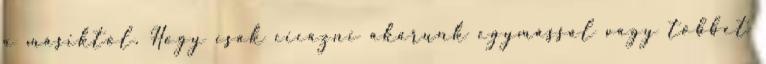
a másiktól. Hogy csak cicázni akarunk egymással vagy többet